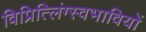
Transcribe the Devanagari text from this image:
विप्रित्लिंग्स्वभावियों